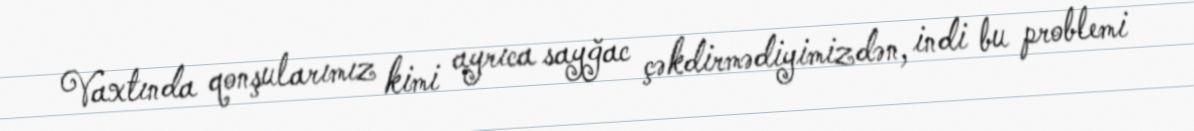
Vaxtında qonşularımız kimi ayrıca sayğac çəkdirmədiyimizdən, indi bu problemi